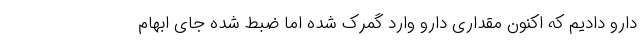
دارو دادیم که اکنون مقداری دارو وارد گمرک شده اما ضبط شده جای ابهام